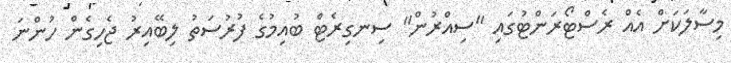
މިސާލަކަށް އެއް ރެސްޓޯރަންޓުގައި "ސިއްރުން" ސިނގިރެޓް ބުއިމުގެ ފުރުސަތު ލިބޭއިރު ޖެހިގެން ހުންނަ